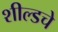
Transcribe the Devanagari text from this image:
शील्डचे